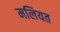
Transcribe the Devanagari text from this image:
मलियत